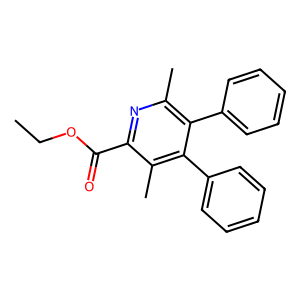
SMILES: CCOC(=O)c1nc(C)c(-c2ccccc2)c(-c2ccccc2)c1C
Inhibits HIV replication: No